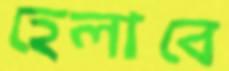
হেলাবে